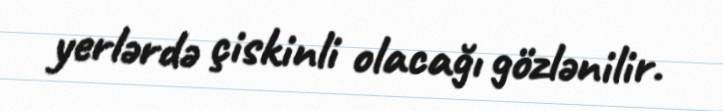
yerlərdə çiskinli olacağı gözlənilir.